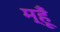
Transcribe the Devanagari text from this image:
म्हूँ